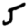
Digit: 5